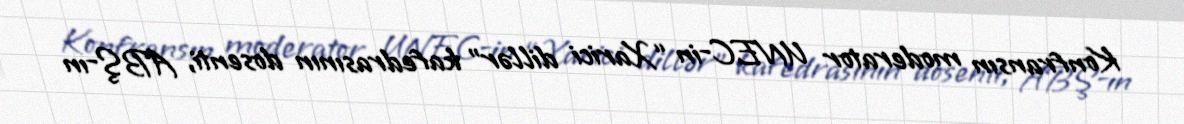
Konfransın moderator UNEC-in “Xarici dillər” kafedrasının dosenti, ABŞ-ın